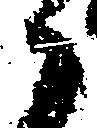
々